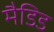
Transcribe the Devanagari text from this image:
मैडिड